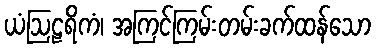
ယံဩဠရိကံ၊ အကြင်ကြမ်းတမ်းခက်ထန်သော